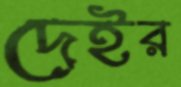
দেইর